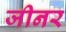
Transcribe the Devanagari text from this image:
जीनर